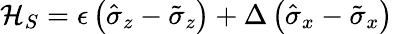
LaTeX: \mathcal{H}_{S}=\epsilon\left(\hat{\sigma}_{z}-\tilde{\sigma}_{z}\right)+\Delta\left(\hat{\sigma}_{x}-\tilde{\sigma}_{x}\right)